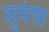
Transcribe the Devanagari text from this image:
सुमंत्रा